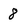
Character: 8